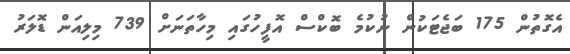
އެގޮތުން 175 ބަޖެޓަކުން ނުކުމެ ބޮކްސް އޮފީހުގައި މިހާތަނަށް 739 މިލިއަން ޑޮލަރު